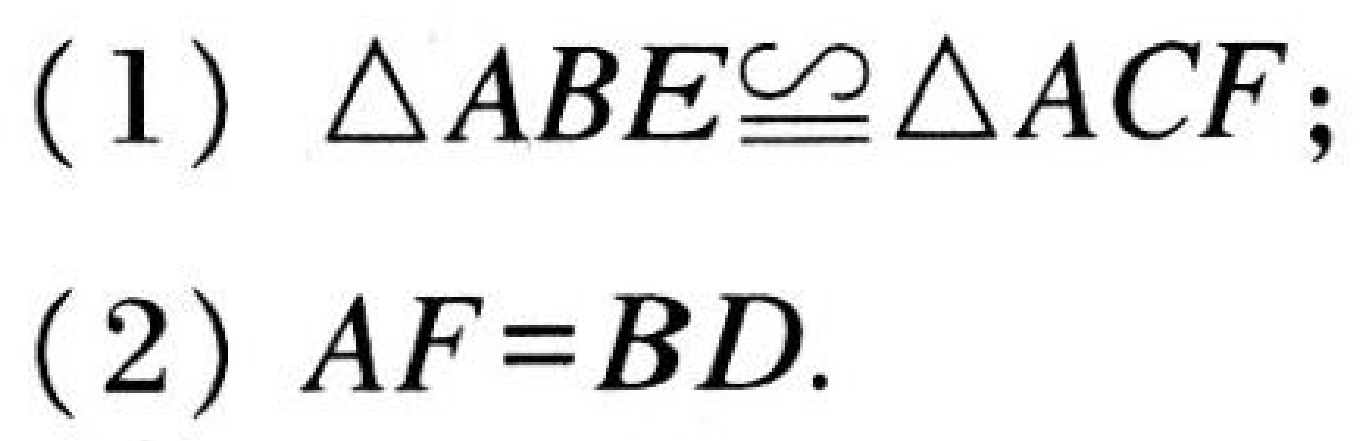
(1) \(\triangle ABE\cong\triangle ACF\);
(2) \(AF = BD\).